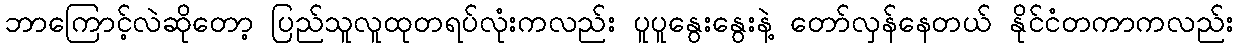
ဘာကြောင့်လဲဆိုတော့ ပြည်သူလူထုတရပ်လုံးကလည်း ပူပူနွေးနွေးနဲ့ တော်လှန်နေတယ် နိုင်ငံတကာကလည်း